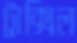
ট্রাক্সিল